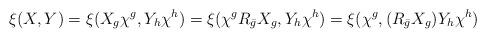
LaTeX: \begin{align*}\xi(X,Y)=\xi(X_g\chi^g,Y_h\chi^h)=\xi(\chi^gR_{\bar{g}}X_g,Y_h\chi^h) =\xi(\chi^g,(R_{\bar{g}}X_g)Y_h\chi^h)\end{align*}